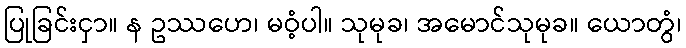
ပြုခြင်းငှာ။ န ဥဿဟေ၊ မဝံ့ပါ။ သုမုခ၊ အမောင်သုမုခ။ ယောတွံ၊